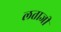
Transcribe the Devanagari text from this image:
लताजी